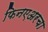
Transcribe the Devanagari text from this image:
फिनएअरचा